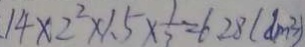
. 1 4 \times 2 ^ { 2 } \times 1 . 5 \times \frac { 1 } { 7 } = 6 2 8 ( d m ^ { 3 } )